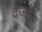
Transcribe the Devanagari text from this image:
दर्जात